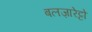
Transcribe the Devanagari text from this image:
बलज़ारेट्टो